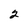
Character: 2